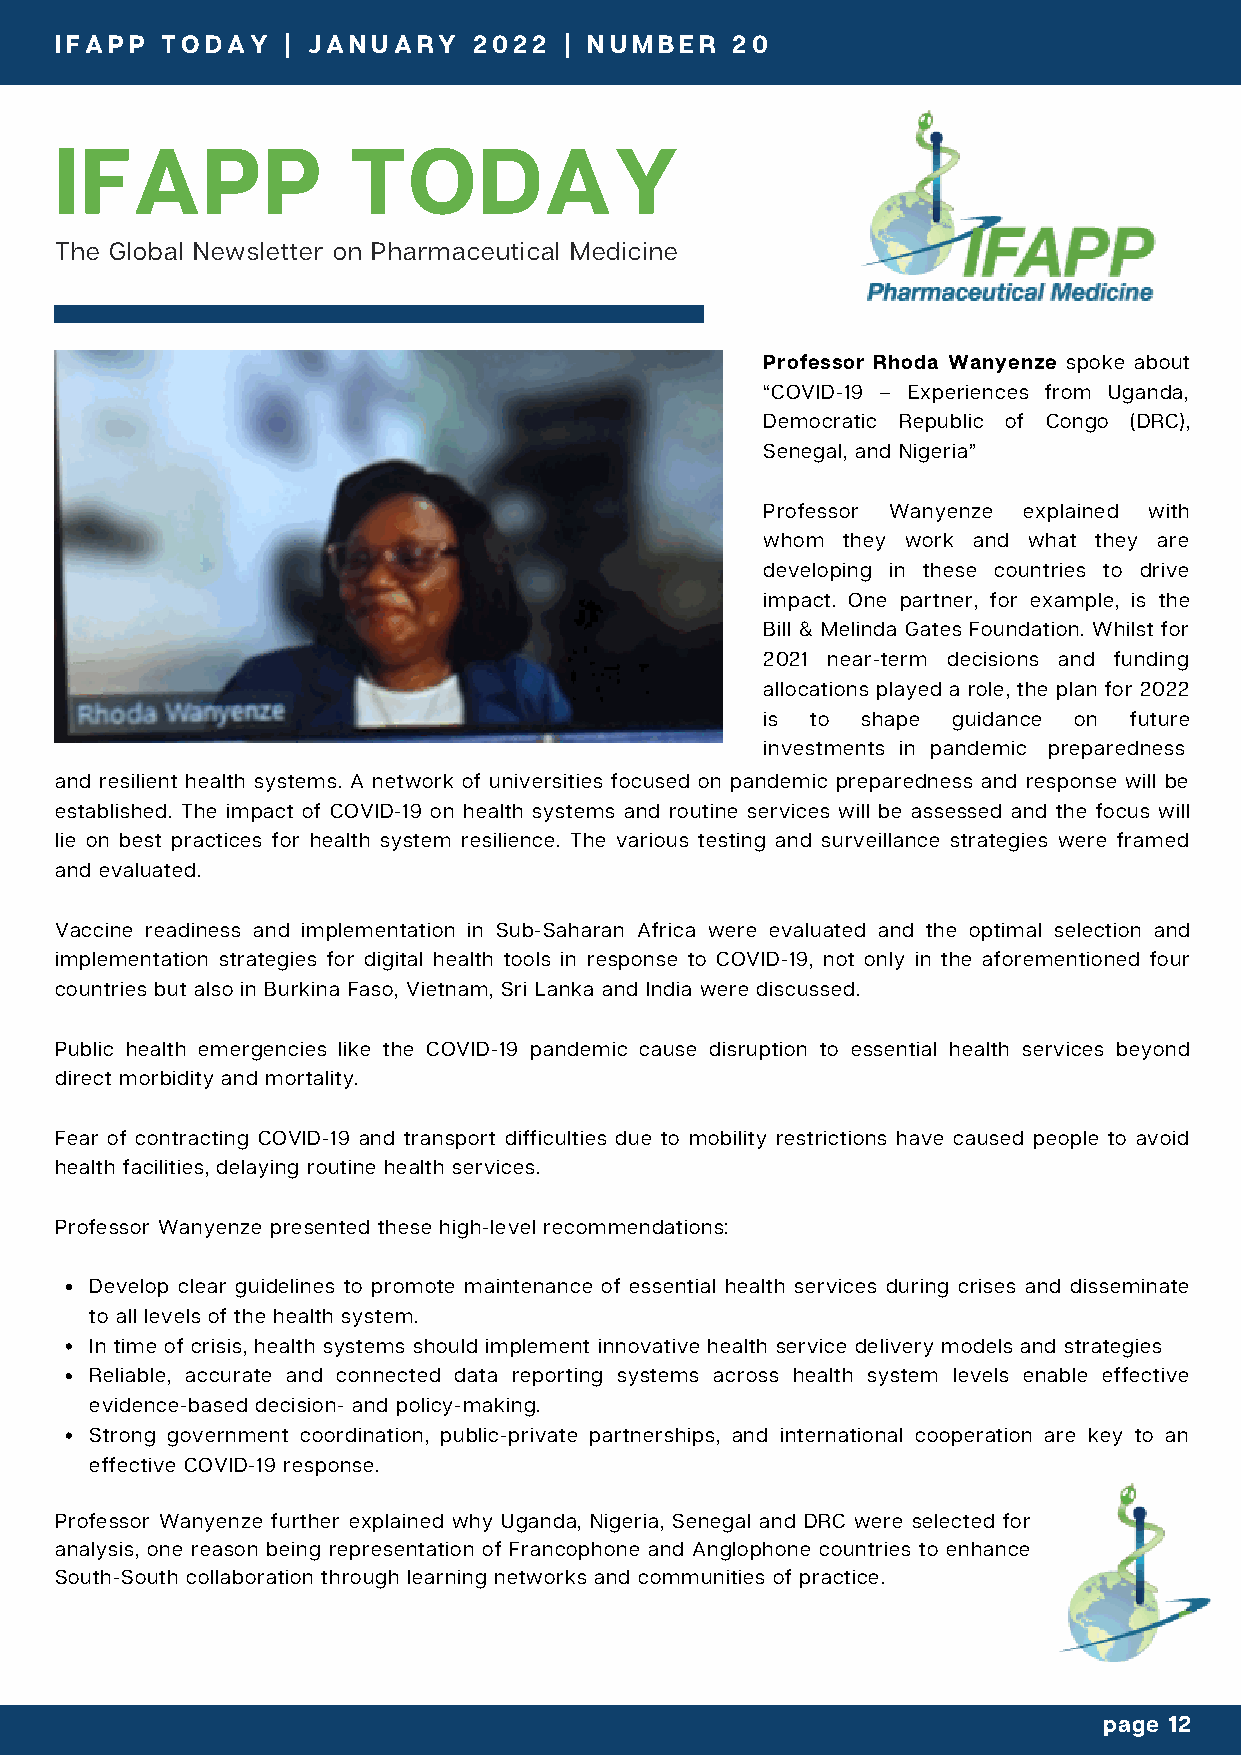
IFAPP  TODAY   | JANUARY   2022  | NUMBER   20
 IFAPP  TODAY    | JANUARY   2021 | 2 | NUMBER   1
 IFAPP              TODAY
 The Global Newsletter on Pharmaceutical Medicine
 Professor Rhoda Wanyenze spoke about
 “COVID-19 – Experiences from Uganda,
 Democratic Republic of Congo (DRC),
 Senegal, and Nigeria”
 Professor Wanyenze explained with
 whom they work and what they are
 developing in these countries to drive
 impact. One partner, for example, is the
 Bill & Melinda Gates Foundation. Whilst for
 2021 near-term decisions and funding
 allocations played a role, the plan for 2022
 is to shape guidance on future
 investments in pandemic preparedness
 and resilient health systems. A network of universities focused on pandemic preparedness and response will be
 established. The impact of COVID-19 on health systems and routine services will be assessed and the focus will
 lie on best practices for health system resilience. The various testing and surveillance strategies were framed
 and evaluated.
 Vaccine readiness and implementation in Sub-Saharan Africa were evaluated and the optimal selection and
 implementation strategies for digital health tools in response to COVID-19, not only in the aforementioned four
 countries but also in Burkina Faso, Vietnam, Sri Lanka and India were discussed.
 Public health emergencies like the COVID-19 pandemic cause disruption to essential health services beyond
 direct morbidity and mortality.
 Fear of contracting COVID-19 and transport difficulties due to mobility restrictions have caused people to avoid
 health facilities, delaying routine health services.
 Professor Wanyenze presented these high-level recommendations:
 Develop clear guidelines to promote maintenance of essential health services during crises and disseminate
 to all levels of the health system.
 In time of crisis, health systems should implement innovative health service delivery models and strategies
 Reliable, accurate and connected data reporting systems across health system levels enable effective
 evidence-based decision- and policy-making.
 Strong government coordination, public-private partnerships, and international cooperation are key to an
 effective COVID-19 response.
 Professor Wanyenze further explained why Uganda, Nigeria, Senegal and DRC were selected for
 analysis, one reason being representation of Francophone and Anglophone countries to enhance
 South-South collaboration through learning networks and communities of practice.
 page 12